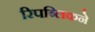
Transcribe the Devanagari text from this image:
रिपब्लिकने